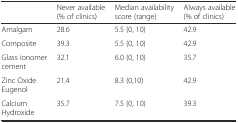
|  | Never available (% of clinics) | Median availability score (range) | Always available (% of clinics) |
 | --- | --- | --- | --- |
 | Amalgam | 28.6 | 5.5 (0, 10) | 42.9 |
 | Composite | 39.3 | 5.5 (0, 10) | 42.9 |
 | Glass ionomer cement | 32.1 | 6.0 (0, 10) | 35.7 |
 | Zinc Oxide Eugenol | 21.4 | 8.3 (0,10) | 42.9 |
 | Calcium Hydroxide | 35.7 | 7.5 (0, 10) | 39.3 |